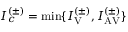
I _ { c } ^ { ( \pm ) } = \operatorname* { m i n } \{ I _ { \mathrm { V } } ^ { ( \pm ) } , I _ { \mathrm { A V } } ^ { ( \pm ) } \}